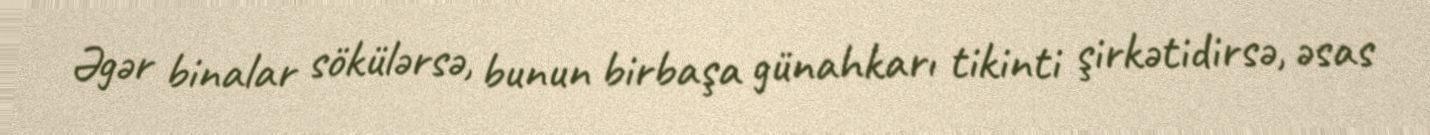
Əgər binalar sökülərsə, bunun birbaşa günahkarı tikinti şirkətidirsə, əsas